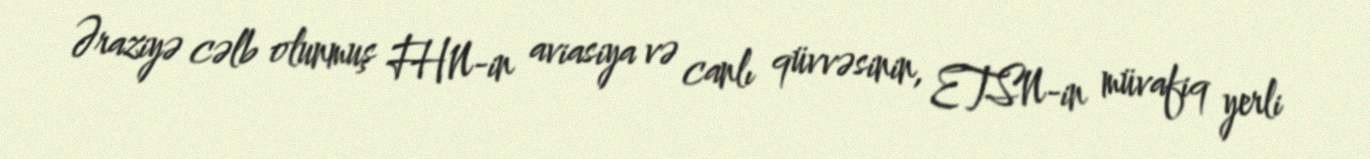
Əraziyə cəlb olunmuş FHN-in aviasiya və canlı qüvvəsinin, ETSN-in müvafiq yerli